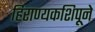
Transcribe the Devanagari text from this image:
हिराण्यकशिपूने